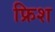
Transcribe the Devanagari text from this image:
फ्रिश